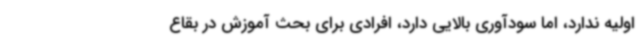
اولیه ندارد، اما سودآوری بالایی دارد، افرادی برای بحث آموزش در بقاع